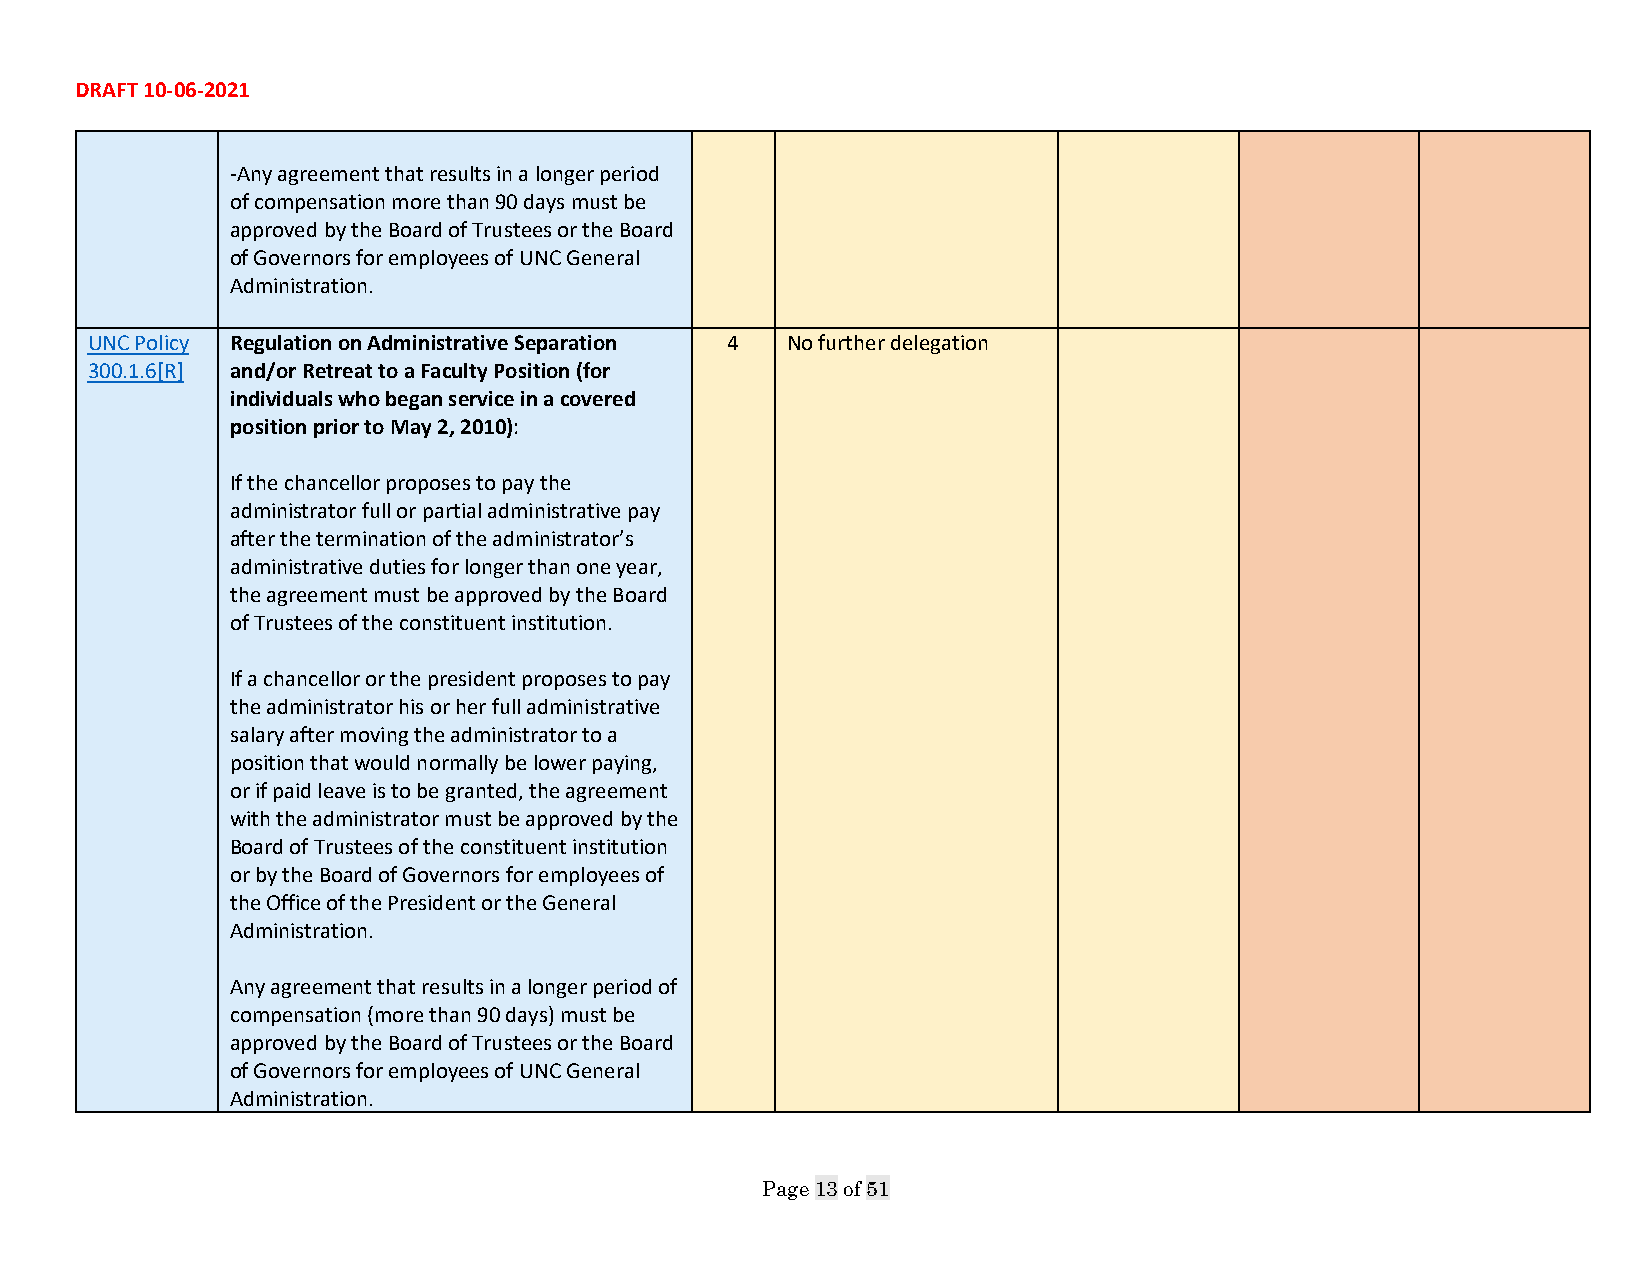
DRAFT 10-06-2021
 -Any agreement that results in a longer period
 of compensation more than 90 days must be
 approved by the Board of Trustees or the Board
 of Governors for employees of UNC General
 Administration.
 UNC Policy Regulation on Administrative Separation 4 No further delegation
 300.1.6[R] and/or Retreat to a Faculty Position (for
 individuals who began service in a covered
 position prior to May 2, 2010):
 If the chancellor proposes to pay the
 administrator full or partial administrative pay
 after the termination of the administrator’s
 administrative duties for longer than one year,
 the agreement must be approved by the Board
 of Trustees of the constituent institution.
 If a chancellor or the president proposes to pay
 the administrator his or her full administrative
 salary after moving the administrator to a
 position that would normally be lower paying,
 or if paid leave is to be granted, the agreement
 with the administrator must be approved by the
 Board of Trustees of the constituent institution
 or by the Board of Governors for employees of
 the Office of the President or the General
 Administration.
 Any agreement that results in a longer period of
 compensation (more than 90 days) must be
 approved by the Board of Trustees or the Board
 of Governors for employees of UNC General
 Administration.
 Page 13 of 51